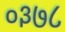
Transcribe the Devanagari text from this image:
०३७८